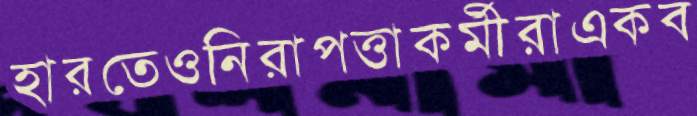
হারতেওনিরাপত্তাকর্মীরাএকব